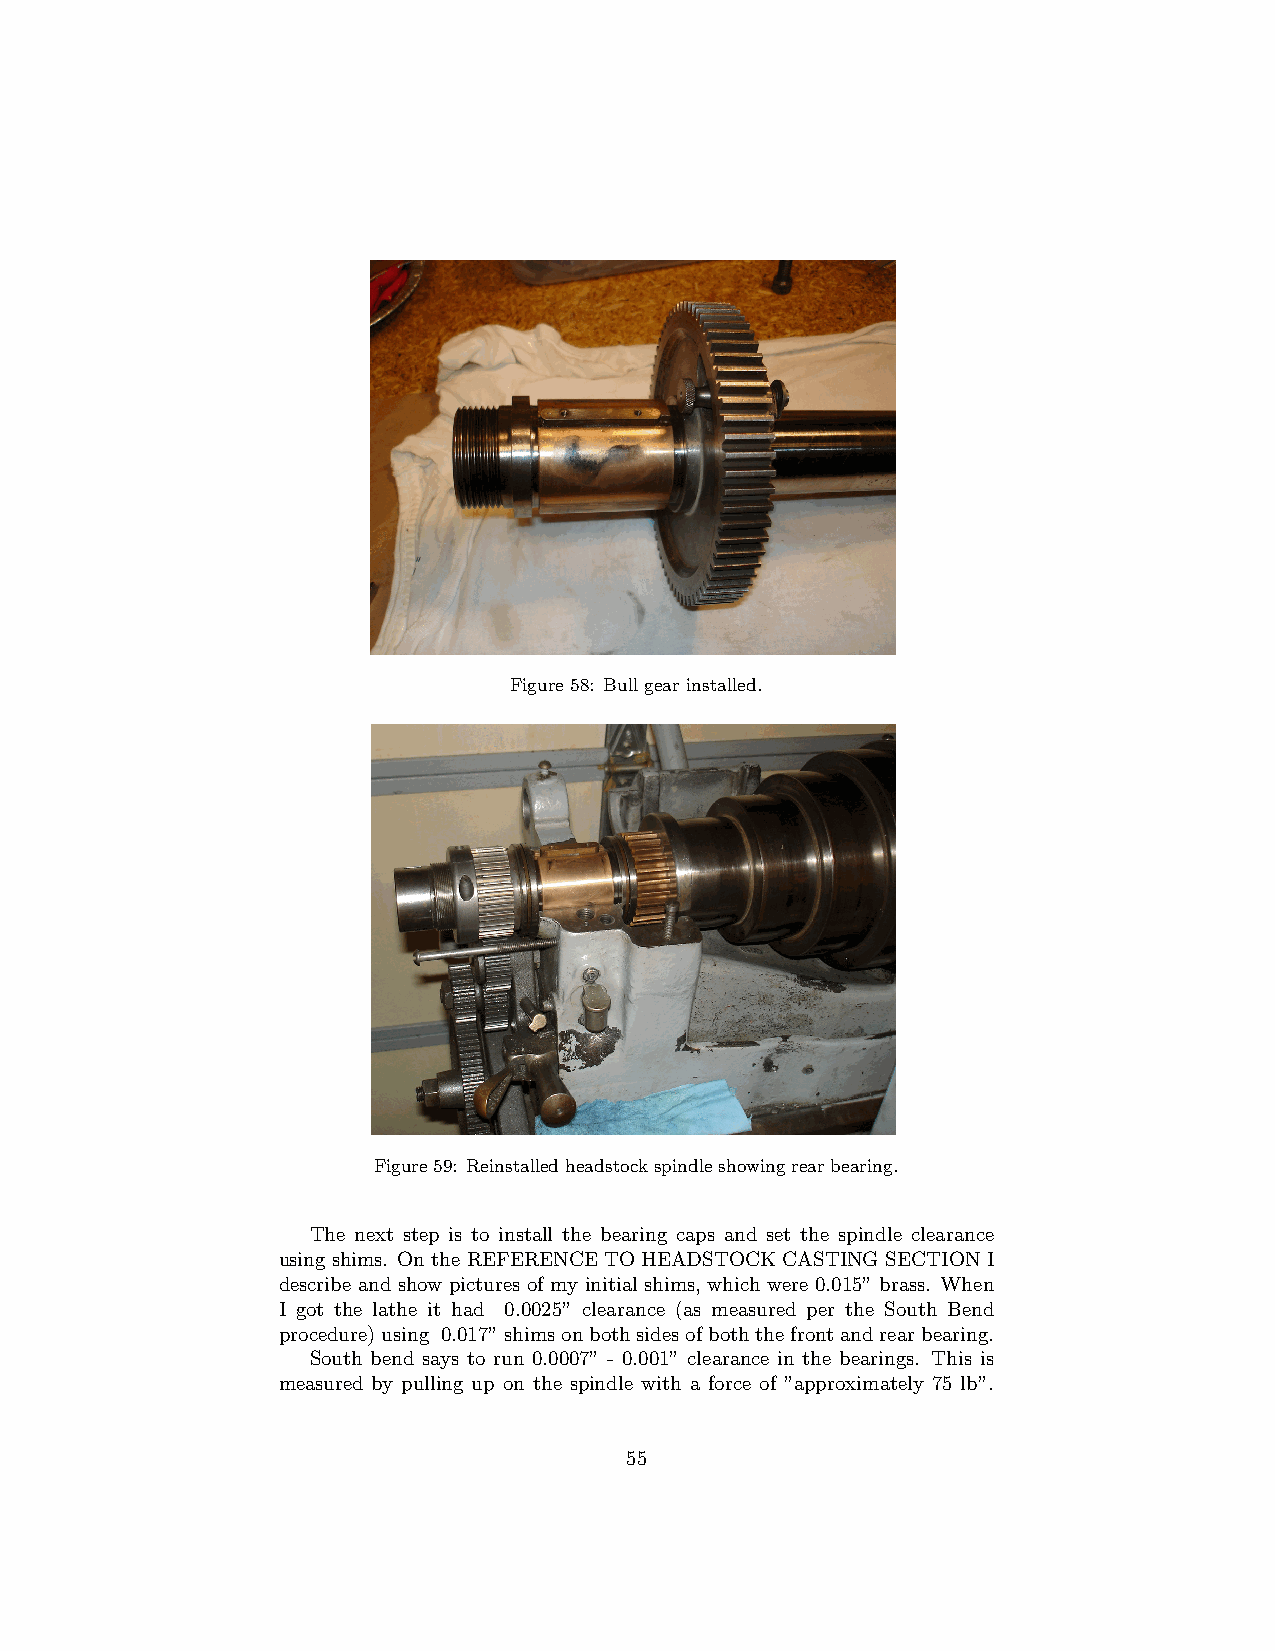
Figure 58: Bull gear installed.
 Figure59: Reinstalledheadstockspindleshowingrearbearing.
 The next step is to install the bearing caps and set the spindle clearance
 using shims. On the REFERENCE TO HEADSTOCK CASTING SECTION I
 describe and show pictures of my initial shims, which were 0.015” brass. When
 I got the lathe it had 0.0025” clearance (as measured per the South Bend
 procedure)using 0.017”shimsonbothsidesofboththefrontandrearbearing.
 South bend says to run 0.0007” - 0.001” clearance in the bearings. This is
 measured by pulling up on the spindle with a force of ”approximately 75 lb”.
 55